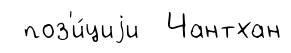
поз'и́циjи Чантхан